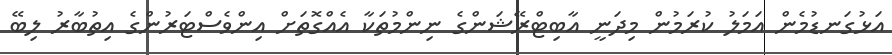
އަޅުގަނޑުމެން އަމަލު ކުރަމުން މިދަނީ އާބިޓްރޭޝަންގެ ނިންމުތަކާ އެއްގޮތަށް އިންވެސްޓަރުންގެ އިތުބާރު ލިބޭ